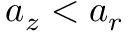
a _ { z } < a _ { r }